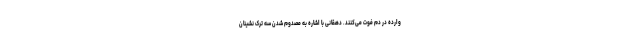
وارده در دم فوت می‌کنند. دهقانی با اشاره به مصدوم شدن سه ترک نشینان